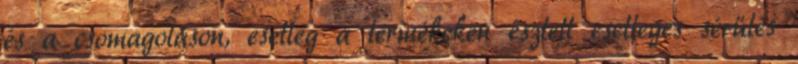
és a csomagoláson, esetleg a termékeken észlelt esetleges sérülés